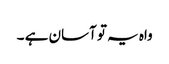
واہ یہ تو آسان ہے ۔